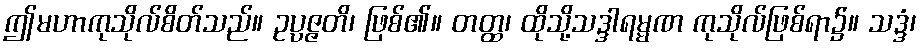
ဤမဟာကုသိုလ်စိတ်သည်။ ဥပ္ပဇ္ဇတိ၊ ဖြစ်၏။ တတ္ထ၊ ထိုသို့သဒ္ဒါရမ္မဏ ကုသိုလ်ဖြစ်ရာ၌။ သဒ္ဒံ၊